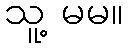
သူ့ မမ။